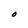
Character: O